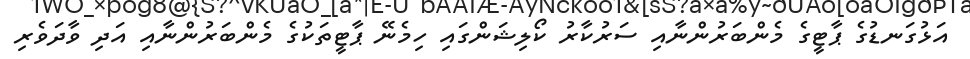
އަޅުގަނޑުގެ ޕާޓީގެ މެންބަރުންނާއި ސަރުކާރު ކޯލިޝަންގައި ހިމެނޭ ޕާޓީތަކުގެ މެންބަރުންނާއި އަދި ވާދަވެރި